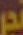
و